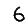
Digit: 6